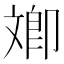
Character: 𣁚